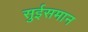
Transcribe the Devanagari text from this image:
सुईसमान